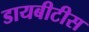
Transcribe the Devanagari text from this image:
डायबीटीस